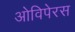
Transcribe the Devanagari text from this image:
ओविपेरस